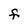
Character: F